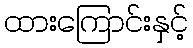
ထားကြောင်းနှင့်